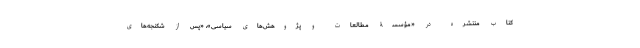
کتاب منتشره در «مؤسسۀ مطالعات و پژوهش‌های سیاسی»، «پس از شکنجه‌های